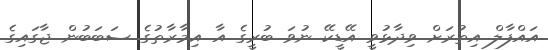
އައްފާލް އިތުރަށް ވިދާޅުވީ އޭޑީކޭ ނުވަ ބުރީގެ އާ އިމާރާތުގެ ސަބަބުން ޖާގައިގެ